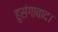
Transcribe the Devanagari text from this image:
हुसंगाबाद।